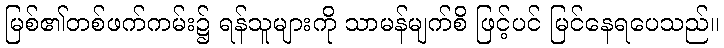
မြစ်၏တစ်ဖက်ကမ်း၌ ရန်သူများကို သာမန်မျက်စိ ဖြင့်ပင် မြင်နေရပေသည်။